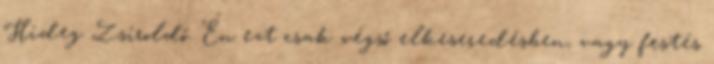
Hideg Zsíroldó. Én ezt csak végső elkeseredésben, vagy festés